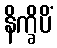
နိက္ခိပိံ